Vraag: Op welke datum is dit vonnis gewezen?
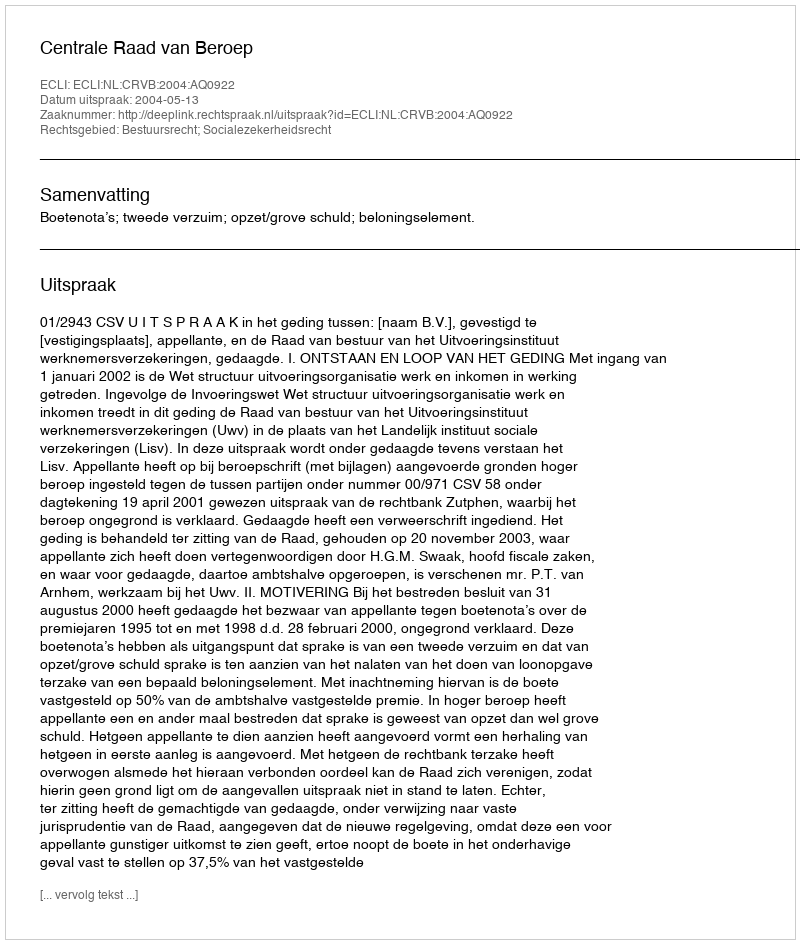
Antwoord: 2004-05-13